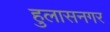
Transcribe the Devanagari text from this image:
हुलासनगर